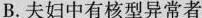
B.夫妇中有核型异常者